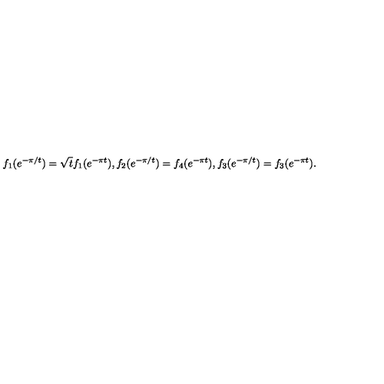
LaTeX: f _ { 1 } ( e ^ { - \pi / t } ) = \sqrt { t } f _ { 1 } ( e ^ { - \pi t } ) , f _ { 2 } ( e ^ { - \pi / t } ) = f _ { 4 } ( e ^ { - \pi t } ) , f _ { 3 } ( e ^ { - \pi / t } ) = f _ { 3 } ( e ^ { - \pi t } ) .